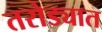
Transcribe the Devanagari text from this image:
तरोड्यात